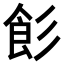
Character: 𩚎